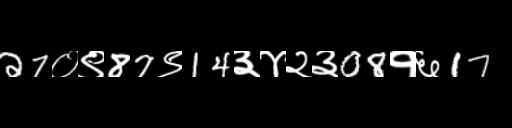
Text: 27०९87९14३४२३08१६17